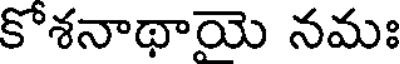
కోశనాథాయె నమః